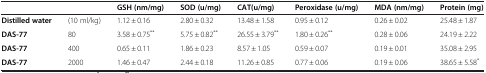
|  |  | GSH (nm/mg) | SOD (u/mg) | CAT(u/mg) | Peroxidase (u/mg) | MDA (nm/mg) | Protein (mg) |
 | --- | --- | --- | --- | --- | --- | --- | --- |
 | Distilled water | (10 ml/kg) | 1.12 ± 0.16 | 2.80 ± 0.32 | 13.48 ± 1.58 | 0.95 ± 0.12 | 0.26 ± 0.02 | 25.48 ± 1.87 |
 | DAS-77 | 80 | 3.58 ± 0.75** | 5.75 ± 0.82** | 26.55 ± 3.79** | 1.80 ± 0.26** | 0.28 ± 0.06 | 24.19 ± 2.22 |
 | DAS-77 | 400 | 0.65 ± 0.11 | 1.86 ± 0.23 | 8.57 ± 1.05 | 0.59 ± 0.07 | 0.19 ± 0.01 | 35.08 ± 2.95 |
 | DAS-77 | 2000 | 1.46 ± 0.47 | 2.44 ± 0.18 | 11.26 ± 0.85 | 0.77 ± 0.06 | 0.19 ± 0.06 | 38.65 ± 5.58* |